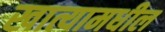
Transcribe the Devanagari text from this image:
खात्यामधील